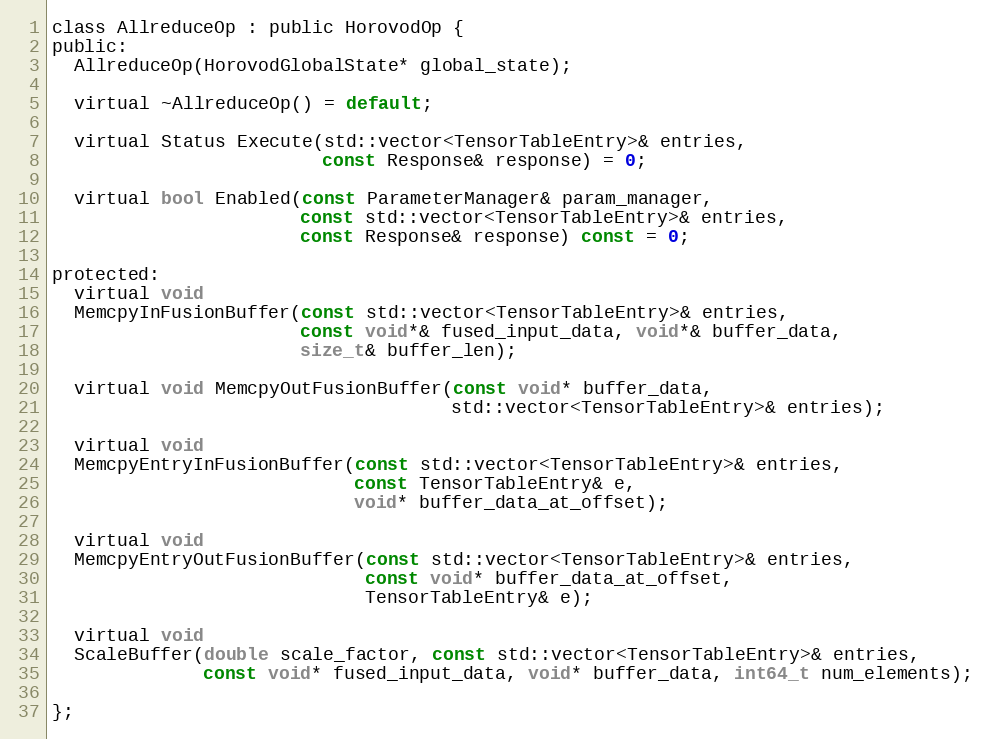
Language: C
class AllreduceOp : public HorovodOp {
public:
  AllreduceOp(HorovodGlobalState* global_state);

  virtual ~AllreduceOp() = default;

  virtual Status Execute(std::vector<TensorTableEntry>& entries,
                         const Response& response) = 0;

  virtual bool Enabled(const ParameterManager& param_manager,
                       const std::vector<TensorTableEntry>& entries,
                       const Response& response) const = 0;

protected:
  virtual void
  MemcpyInFusionBuffer(const std::vector<TensorTableEntry>& entries,
                       const void*& fused_input_data, void*& buffer_data,
                       size_t& buffer_len);

  virtual void MemcpyOutFusionBuffer(const void* buffer_data,
                                     std::vector<TensorTableEntry>& entries);

  virtual void
  MemcpyEntryInFusionBuffer(const std::vector<TensorTableEntry>& entries,
                            const TensorTableEntry& e,
                            void* buffer_data_at_offset);

  virtual void
  MemcpyEntryOutFusionBuffer(const std::vector<TensorTableEntry>& entries,
                             const void* buffer_data_at_offset,
                             TensorTableEntry& e);

  virtual void
  ScaleBuffer(double scale_factor, const std::vector<TensorTableEntry>& entries,
              const void* fused_input_data, void* buffer_data, int64_t num_elements);

};